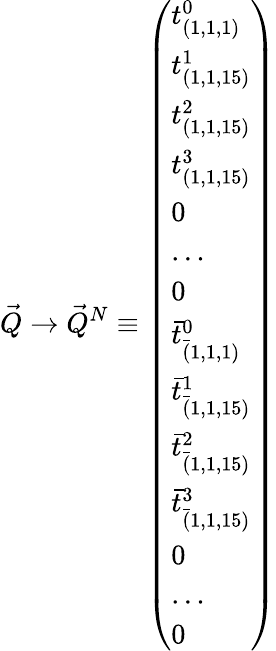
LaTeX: {\vec{Q}}\rightarrow{\vec{Q}}^{N}\equiv\left(\begin{array}{l}{{t_{(1,1,1)}^{0}}}\\ {{t_{(1,1,15)}^{1}}}\\ {{t_{(1,1,15)}^{2}}}\\ {{t_{(1,1,15)}^{3}}}\\ {{0}}\\ {{\dots}}\\ {{0}}\\ {{{\bar{t}}_{{\bar{(}1,1,1)}}^{0}}}\\ {{{\bar{t}}_{{\bar{(}1,1,15)}}^{1}}}\\ {{{\bar{t}}_{{\bar{(}1,1,15)}}^{2}}}\\ {{{\bar{t}}_{{\bar{(}1,1,15)}}^{3}}}\\ {{0}}\\ {{\dots}}\\ {{0}}\end{array}\right)